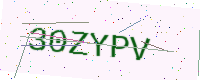
Text: 30ZYPV